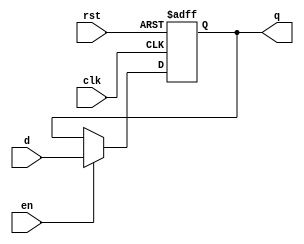
module stage_register (
    input wire clk,      // Clock signal
    input wire rst,      // Asynchronous reset signal
    input wire en,       // Enable signal
    input wire [N-1:0] d, // Data input (N-bit wide)
    output reg [N-1:0] q  // Data output (N-bit wide)
);
    parameter N = 8; // Parameter to define the width of the data bus

    // Asynchronous reset and data capture on the rising edge of the clock
    always @(posedge clk or posedge rst) begin
        if (rst) begin
            q <= 0; // Reset output to 0
        end else if (en) begin
            q <= d; // Capture input data when enabled
        end
    end
endmodule